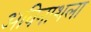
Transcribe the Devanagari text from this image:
अविनाशला